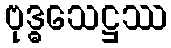
ဗုဒ္ဓသေဋ္ဌဿ